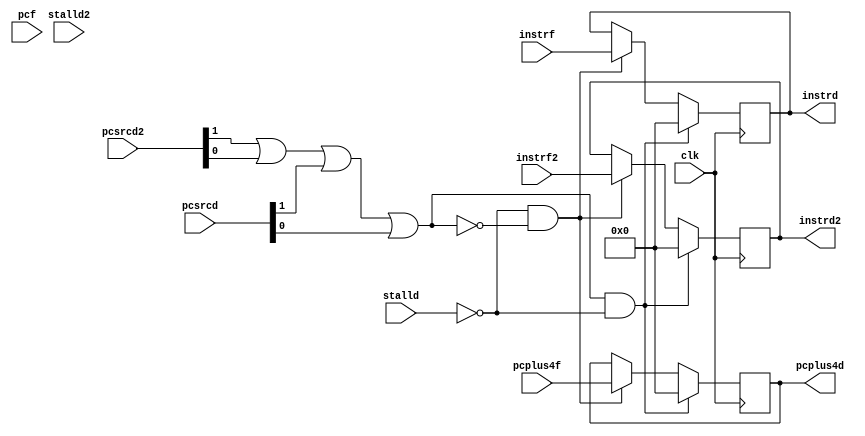
`timescale 1ns / 1ps
//////////////////////////////////////////////////////////////////////////////////
// Company: 
// Engineer: 
// 
// Design Name: 
// Module Name: Pipe_Fetch_Decode
// Project Name: 
// Target Devices: 
// Tool Versions: 
// Description: 
// 
// Dependencies: 
// 
// Revision:
// Revision 0.01 - File Created
// Additional Comments:
// 
//////////////////////////////////////////////////////////////////////////////////

module Pipe_Fetch_Decode(
    clk, stalld, stalld2, pcsrcd, pcsrcd2, instrf,instrf2, pcplus4f, pcf, instrd,instrd2, pcplus4d
    );
    
    input clk, stalld,stalld2;
    input [1:0] pcsrcd, pcsrcd2;
    input [31:0] pcplus4f, pcf;
    input [31:0] instrf,instrf2;
    output reg [31:0] pcplus4d;
    output reg [31:0] instrd,instrd2;
    
    wire clr;
    assign clr = (pcsrcd2[1:1] || pcsrcd2[0:0] || pcsrcd[1:1] || pcsrcd[0:0]);
    
    always @ (posedge clk) begin
        if (clr & !stalld) begin
            pcplus4d = 32'b0;
            instrd   = 32'b0;
            instrd2  = 32'b0;
        end
        else if (!stalld & !clr) begin
            pcplus4d = pcplus4f;
            instrd   = instrf;
            instrd2  = instrf2;
        end
    end
    
endmodule